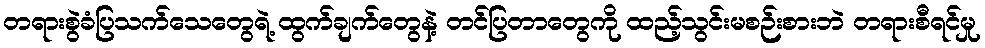
တရားစွဲခံပြသက်သေတွေရဲ့ ထွက်ချက်တွေနဲ့ တင်ပြတာတွေကို ထည့်သွင်းမစဉ်းစားဘဲ တရားစီရင်မှု